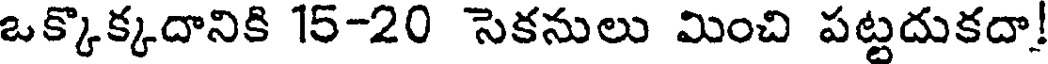
ఒక్కొక్కదానికి 15-20 సెకనులు మించి పట్టదుకదా!